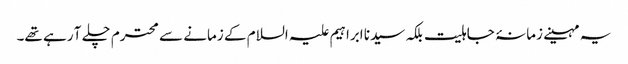
یہ مہینے زمانۂ جاہلیت بلکہ سیدنا ابراہیم علیہ السلام کے زمانے سے محترم چلے آ رہے تھے۔